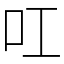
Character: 叿